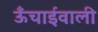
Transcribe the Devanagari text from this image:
ऊँचाईवाली